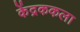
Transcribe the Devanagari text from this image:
केंद्रककला